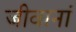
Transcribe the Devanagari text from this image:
जीवानां